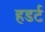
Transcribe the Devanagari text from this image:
हडर्ट